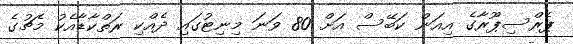
ޕެރްސިޕޫރާގެ އިއަން ކަބޭސް އަަށް 80 ވަނަ މިނިޓުގައި ދެއްކި ރަތްކާޑާއެކު މެޗުގެ